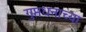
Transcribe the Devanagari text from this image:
गुप्तधनाच्या